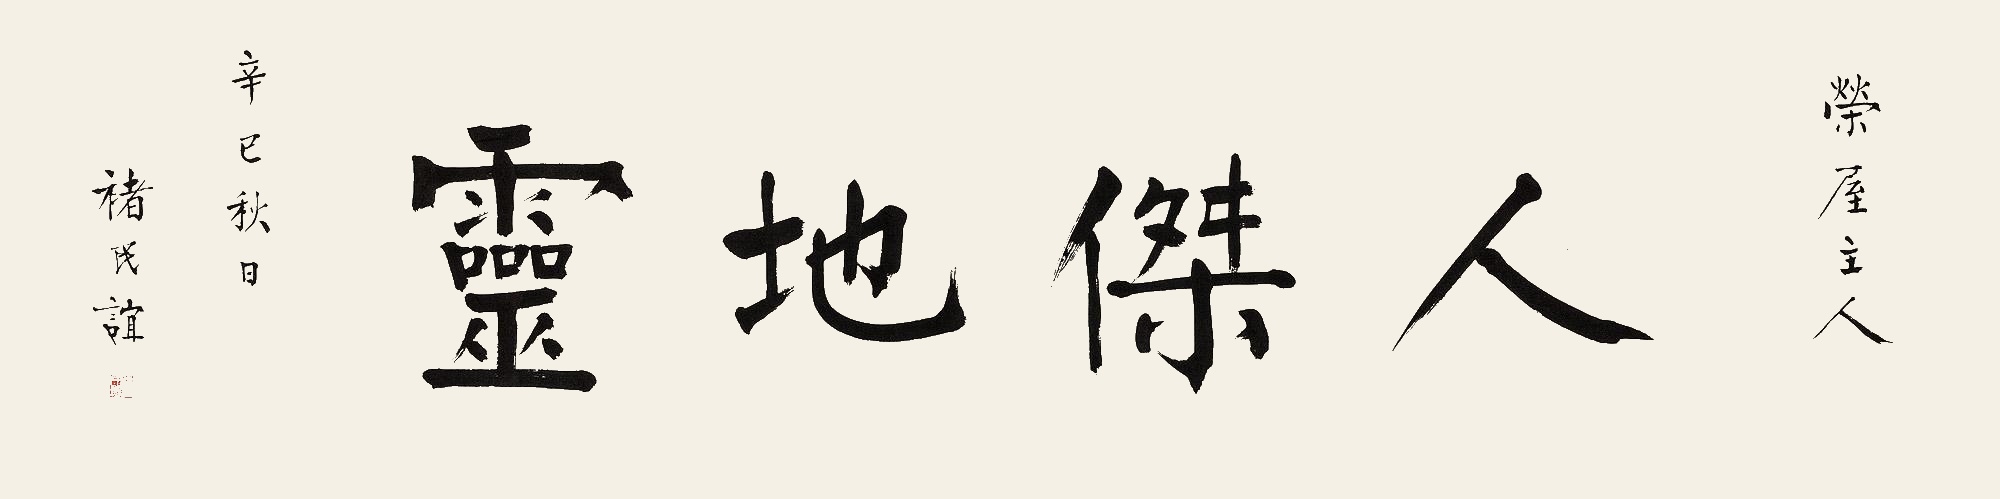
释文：人杰地灵荣屋主人。辛巳秋日，褚民谊。